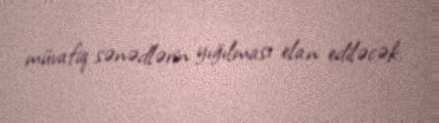
müvafiq sənədlərin yığılması elan ediləcək.